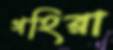
গহিরা